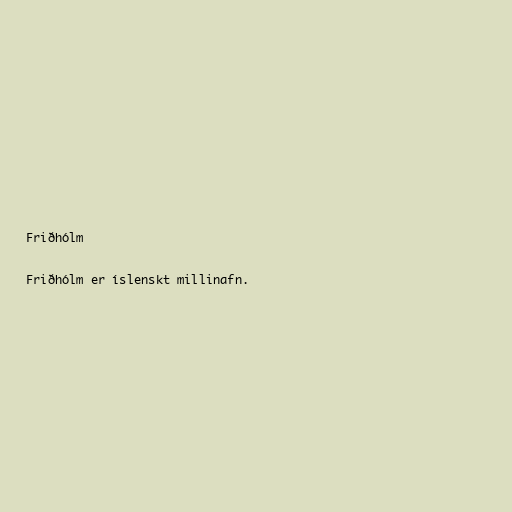
Friðhólm

Friðhólm er íslenskt millinafn.